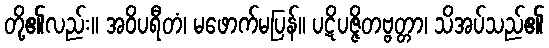
တို့၏လည်း။ အဝိပရီတံ၊ မဖောက်မပြန်။ ပဋိပဇ္ဇိတဗ္ဗတ္တာ၊ သိအပ်သည်၏